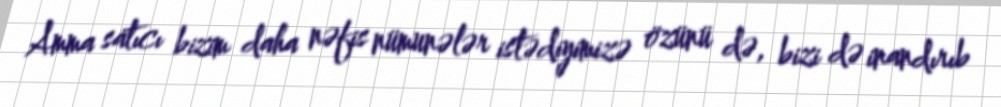
Amma satıcı bizim daha nəfis nümunələr istədiyimizə özünü də, bizi də inandırıb